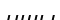
ншы